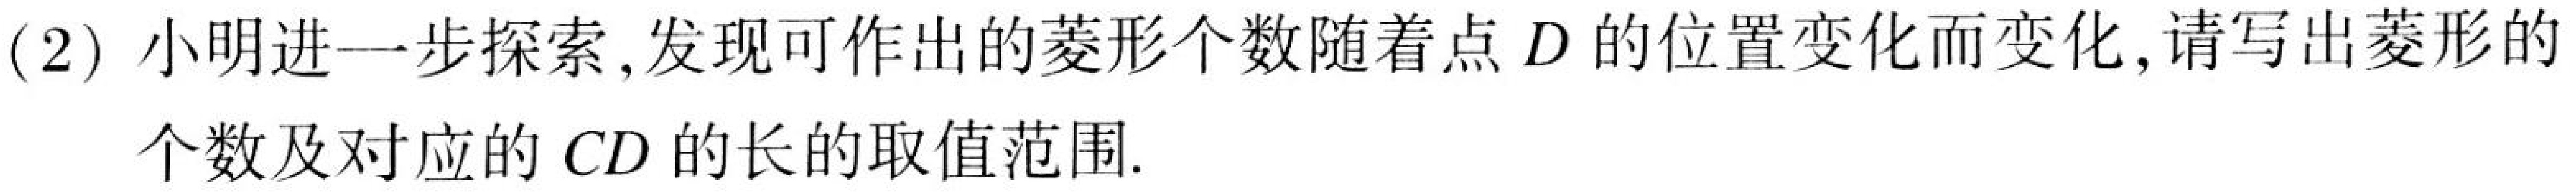
(2) 小明进一步探索, 发现可作出的菱形个数随着点$D$的位置变化而变化,请写出菱形的
个数及对应的$CD$的长的取值范围.